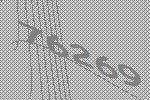
76269